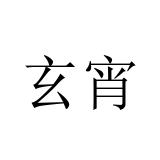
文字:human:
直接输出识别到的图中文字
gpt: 玄宵